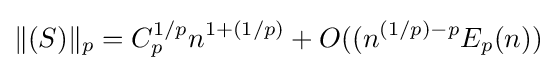
\Vert (S)\Vert _{p}=C_{p}^{1/p}n^{1+(1/p)}+O((n^{(1/p)-p}E_{p}(n))